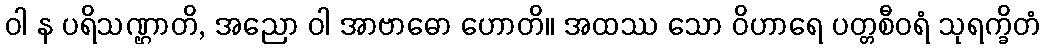
ဝါ န ပရိသဏ္ဌာတိ, အညော ဝါ အာဗာဓော ဟောတိ။ အထဿ သော ဝိဟာရေ ပတ္တစီဝရံ သုရက္ခိတံ